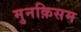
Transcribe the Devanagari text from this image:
मुनक़िसम